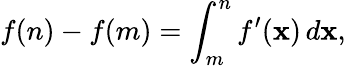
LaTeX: f(n)-f(m)=\int_{m}^{n}f^{\prime}(\mathbf{x})\, d\mathbf{x},